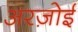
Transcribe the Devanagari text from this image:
अरज़ोई